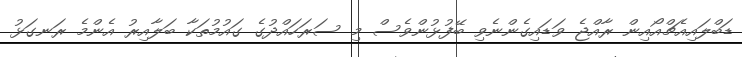
ޑަބްލައިއެޗްއޯއިން ރާއްޖެ ވަޑައިގެންނެވި ބޭފުޅުންވެސް މި ސަރަހައްދުގެ ގައުމުތަކާ ބަލާއިރު އެންމެ ރަނގަޅު